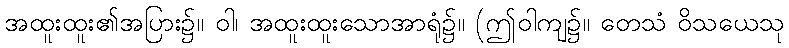
အထူးထူး၏အပြား၌။ ဝါ၊ အထူးထူးသောအာရုံ၌။ (ဤဝါကျ၌။ တေသံ ဝိသယေသု